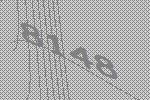
8148